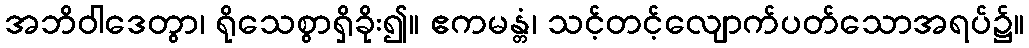
အဘိဝါဒေတွာ၊ ရိုသေစွာရှိခိုး၍။ ဧကမန္တံ၊ သင့်တင့်လျောက်ပတ်သောအရပ်၌။